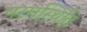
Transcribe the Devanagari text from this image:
परमस्थिति